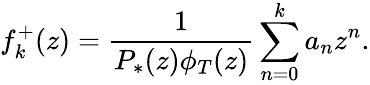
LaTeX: f_{k}^{+}(z)=\frac{1}{P_{*}(z)\phi_{T}(z)}\sum_{n=0}^{k}{a_{n}z^{n}}.